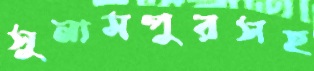
সুনামপুরসহ